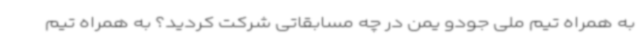
به همراه تیم ملی جودو یمن در چه مسابقاتی شرکت کردید؟ به همراه تیم